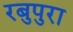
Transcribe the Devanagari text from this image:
रबुपुरा